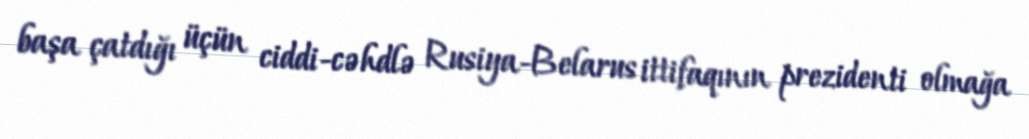
başa çatdığı üçün ciddi-cəhdlə Rusiya-Belarus ittifaqının prezidenti olmağa